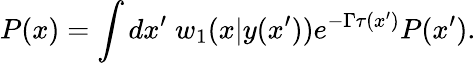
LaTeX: P(x)=\int dx^{\prime}\; w_{1}(x|y(x^{\prime}))e^{-\Gamma\tau(x^{\prime})}P(x^{\prime}).